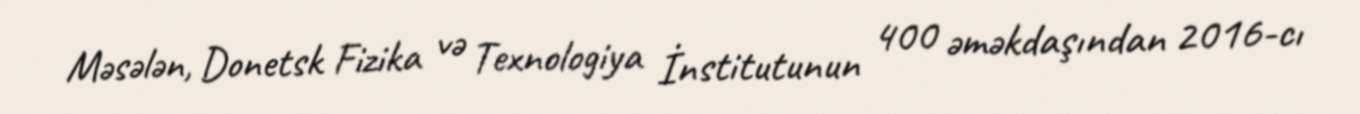
Məsələn, Donetsk Fizika və Texnologiya İnstitutunun 400 əməkdaşından 2016-cı